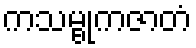
ကသမ္ဗုကဇာတံ